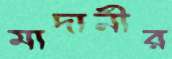
মাদানীর